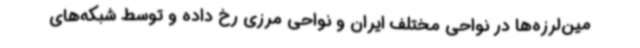
مین‌لرزه‌ها در نواحی مختلف ایران و نواحی مرزی رخ داده و توسط شبکه‌های